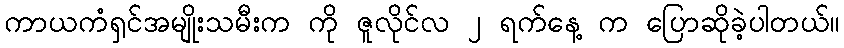
ကာယကံရှင်အမျိုးသမီးက ကို ဇူလိုင်လ ၂ ရက်နေ့ က ပြောဆိုခဲ့ပါတယ်။